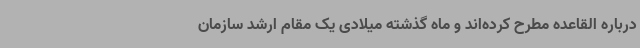
درباره القاعده مطرح کرده‌اند و ماه گذشته میلادی یک مقام ارشد سازمان